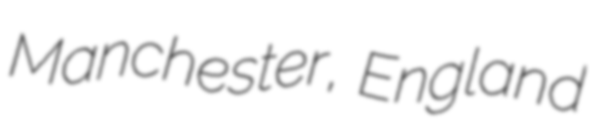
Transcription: Manchester, England